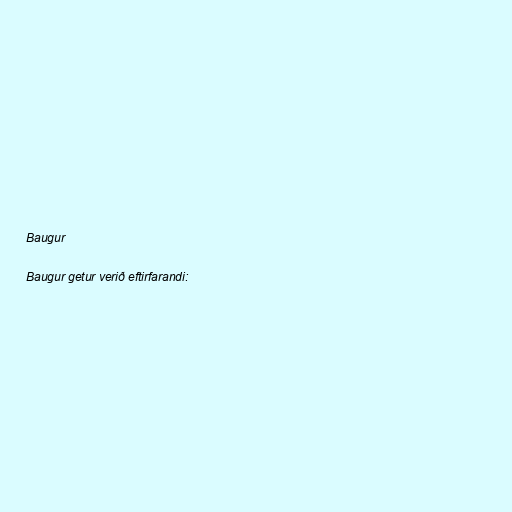
Baugur

Baugur getur verið eftirfarandi: